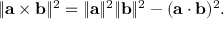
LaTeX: \| \mathbf { a } \times \mathbf { b } \| ^ { 2 } = \| \mathbf { a } \| ^ { 2 } \| \mathbf { b } \| ^ { 2 } - ( \mathbf { a } \cdot \mathbf { b } ) ^ { 2 } .